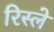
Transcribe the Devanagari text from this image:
रिस्ले